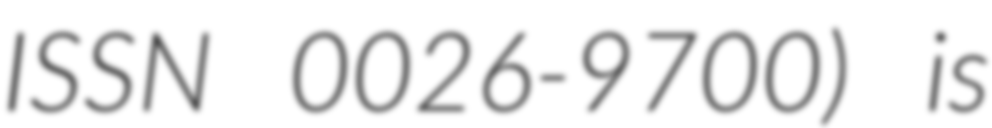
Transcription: ISSN 0026-9700) is